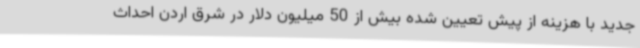
جدید با هزینه از پیش تعیین شده بیش از 50 میلیون دلار در شرق اردن احداث